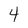
Character: 4